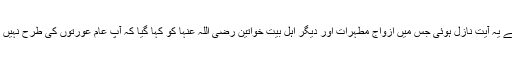
ایسے حالات میں ازواج مطہرات اور دیگر اہل بیت خواتین رضی اللہ عنہا کے لیے یہ آیت نازل ہوئی جس میں ازواج مطہرات اور دیگر اہل بیت خواتین رضی اللہ عنہا کو کہا گیا کہ آپ عام عورتوں کی طرح نہیں ہو بلکہ آپ بہت خاص ہو، بلند مرتبہ ہو، فضیلت میں سب خواتین سے بڑھ کر ہو۔